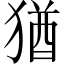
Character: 猶